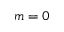
m = 0